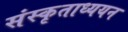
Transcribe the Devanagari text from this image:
संस्कृताध्ययन